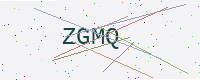
Text: ZGMQ